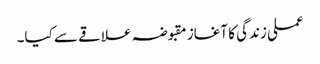
عملی زندگی کا آغاز مقبوضہ علاقے سے کیا۔